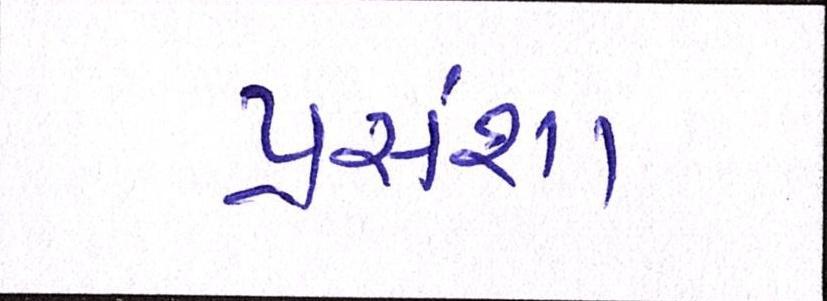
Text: પ્રસંશા